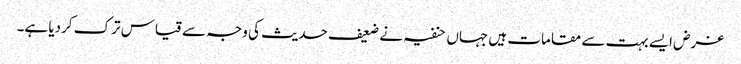
غرض ایسے بہت سے مقامات ہیں جہاں حنفیہ نے ضعیف حدیث کی وجہ سے قیاس ترک کردیا ہے۔